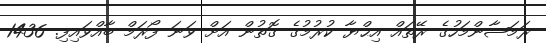
ރަމަޟާންމަހުގެ ރޭތައް އިޙްޔާ ކުރުމުގެ ގޮތުން އަށް ވަނަ ފޯރަމް ބާއްވައިފި. 1436